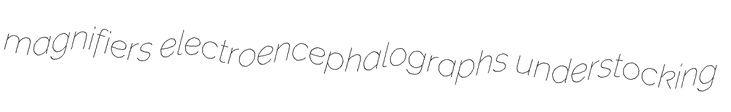
magnifiers electroencephalographs understocking